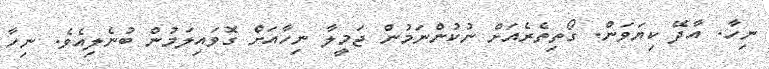
ނިހާ. އާދޭ ކިިޔަވަން. ގޯތިތެރެއަށް ނުކުންނަމުން ޖަމީލާ ނިހާއަށް ގޮވައިލަމުން ބުނެލިއެވެ. ނިހާ